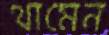
থামেন